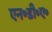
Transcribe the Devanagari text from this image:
एन॰डी॰ए॰